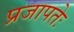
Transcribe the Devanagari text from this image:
प्रजापतेः